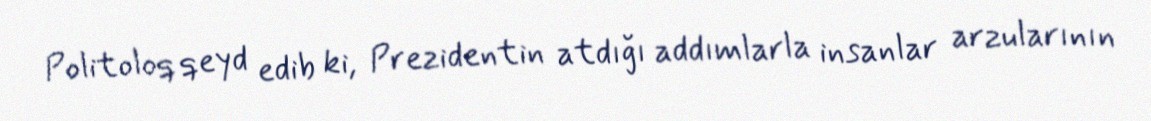
Politoloq qeyd edib ki, Prezidentin atdığı addımlarla insanlar arzularının